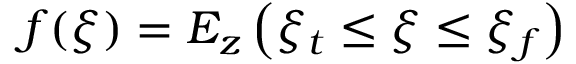
f ( \xi ) = E _ { z } \left( \xi _ { t } \leq \xi \leq \xi _ { f } \right)